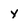
Character: Y